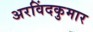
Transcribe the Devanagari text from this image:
अरविंदकुमार